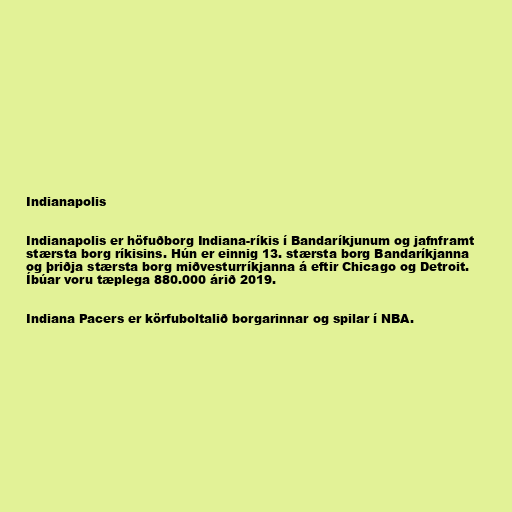
Indianapolis

Indianapolis er höfuðborg Indiana-ríkis í Bandaríkjunum og jafnframt
stærsta borg ríkisins. Hún er einnig 13. stærsta borg Bandaríkjanna
og þriðja stærsta borg miðvesturríkjanna á eftir Chicago og Detroit.
Íbúar voru tæplega 880.000 árið 2019.

Indiana Pacers er körfuboltalið borgarinnar og spilar í NBA.